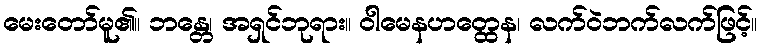
မေးတော်မူ၏။ ဘန္တေ၊ အရှင်ဘုရား။ ဝါမေနဟတ္ထေန၊ လက်ဝဲဘက်လက်ဖြင့်။